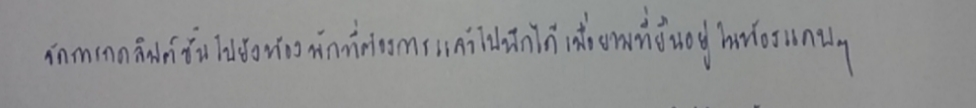
จัดการกดลิฟต์ขึ้นไปยังห้องพักที่ต้องการแล้วไปนึกได้เมื่อยามที่ยืนอยู่ในห้องแคบๆ